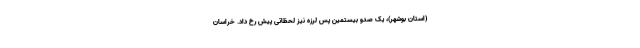
(استان بوشهر)، یک صدو بیستمین پس لرزه نیز لحظاتی پیش رخ داد. خراسان